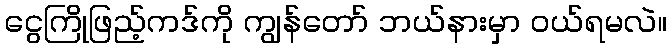
ငွေကြိုဖြည့်ကဒ်ကို ကျွန်တော် ဘယ်နားမှာ ဝယ်ရမလဲ။